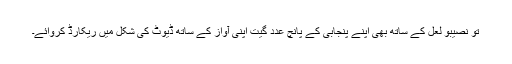
تو نصیبو لعل کے ساتھ بھی اپنے پنجابی کے پانچ عدد گیت اپنی آواز کے ساتھ ڈیوٹ کی شکل میں ریکارڈ کروائے۔